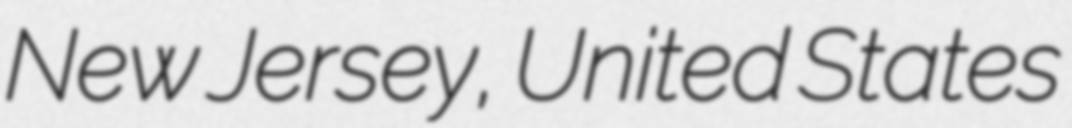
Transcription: New Jersey, United States